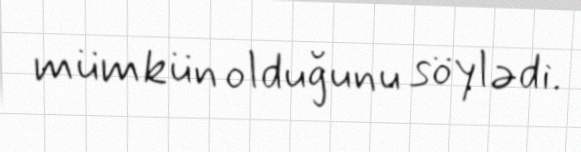
mümkün olduğunu söylədi.